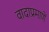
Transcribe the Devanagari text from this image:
वादाप्रमाणें